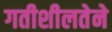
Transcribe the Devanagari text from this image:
गतीशीलतेने